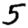
Digit: 5